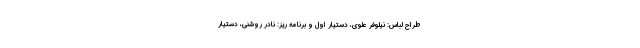
طراح لباس: نیلوفر علوی، دستیار اول و برنامه ریز: نادر روشنی، دستیار